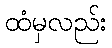
ထံမှလည်း